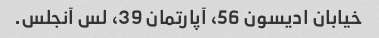
خیابان ادیسون 56، آپارتمان 39، لس آنجلس.